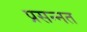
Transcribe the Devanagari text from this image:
प्रसन्नत